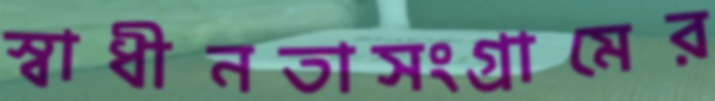
স্বাধীনতাসংগ্রামের